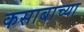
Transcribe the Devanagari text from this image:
कसाबाच्या